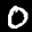
Label: 0